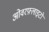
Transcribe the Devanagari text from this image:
ओवरफ़्लाइटों